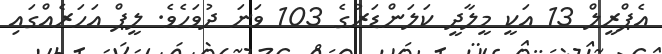
އެޕްރީލް 13 އަކީ މީލާދީ ކަލަންޑަރުގެ 103 ވަނަ ދުވަހެވެ. ލީޕް އަހަރެއްގައި